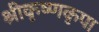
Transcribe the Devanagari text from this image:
श्रीकृष्णकृपा